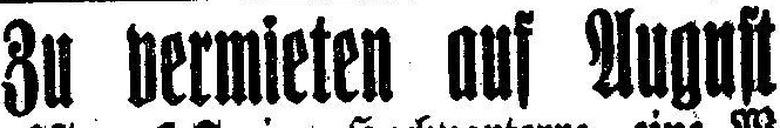
Zu vermieten auf August